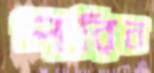
পরিন